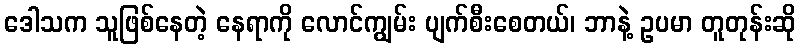
ဒေါသက သူဖြစ်နေတဲ့ နေရာကို လောင်ကျွမ်း ပျက်စီးစေတယ်၊ ဘာနဲ့ ဥပမာ တူတုန်းဆို